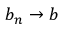
b _ { n } \to b